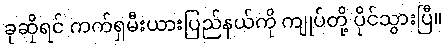
ခုဆိုရင် ကက်ရှမီးယားပြည်နယ်ကို ကျုပ်တို့ ပိုင်သွားပြီ။